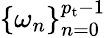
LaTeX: \{ \omega_{n}\} _{n=0}^{{p_{\mathrm{t}}}-1}